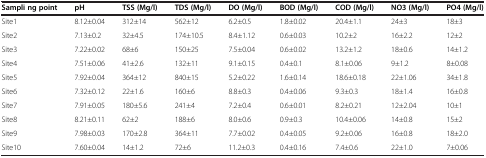
<table><thead><tr><td><b>Sampli ng point</b></td><td><b>pH</b></td><td><b>TSS (Mg/l)</b></td><td><b>TDS (Mg/l)</b></td><td><b>DO (Mg/l)</b></td><td><b>BOD (Mg/l)</b></td><td><b>COD (Mg/l)</b></td><td><b>NO3 (Mg/l)</b></td><td><b>PO4 (Mg/l)</b></td></tr></thead><tbody><tr><td>Site1</td><td>8.12±0.04</td><td>312±14</td><td>562±12</td><td>6.2±0.5</td><td>1.8±0.02</td><td>20.4±1.1</td><td>24±3</td><td>18±3</td></tr><tr><td>Site2</td><td>7.13±0.2</td><td>32±4.5</td><td>174±10.5</td><td>8.4±1.12</td><td>0.6±0.03</td><td>10.2±2</td><td>16±2.2</td><td>12±2</td></tr><tr><td>Site3</td><td>7.22±0.02</td><td>68±6</td><td>150±25</td><td>7.5±0.04</td><td>0.6±0.02</td><td>13.2±1.2</td><td>18±0.6</td><td>14±1.2</td></tr><tr><td>Site4</td><td>7.51±0.06</td><td>41±2.6</td><td>132±11</td><td>9.1±0.15</td><td>0.4±0.1</td><td>8.1±0.06</td><td>9±1.2</td><td>8±0.08</td></tr><tr><td>Site5</td><td>7.92±0.04</td><td>364±12</td><td>840±15</td><td>5.2±0.22</td><td>1.6±0.14</td><td>18.6±0.18</td><td>22±1.06</td><td>34±1.8</td></tr><tr><td>Site6</td><td>7.32±0.12</td><td>22±1.6</td><td>160±6</td><td>8.8±0.3</td><td>0.4±0.06</td><td>9.3±0.3</td><td>18±1.4</td><td>16±0.8</td></tr><tr><td>Site7</td><td>7.91±0.05</td><td>180±5.6</td><td>241±4</td><td>7.2±0.4</td><td>0.6±0.01</td><td>8.2±0.21</td><td>12±2.04</td><td>10±1</td></tr><tr><td>Site8</td><td>8.21±0.11</td><td>62±2</td><td>188±6</td><td>8.0±0.6</td><td>0.9±0.3</td><td>10.4±0.06</td><td>14±0.8</td><td>15±2</td></tr><tr><td>Site9</td><td>7.98±0.03</td><td>170±2.8</td><td>364±11</td><td>7.7±0.02</td><td>0.4±0.05</td><td>9.2±0.06</td><td>16±0.8</td><td>18±2.0</td></tr><tr><td>Site10</td><td>7.60±0.04</td><td>14±1.2</td><td>72±6</td><td>11.2±0.3</td><td>0.4±0.16</td><td>7.4±0.6</td><td>22±1.0</td><td>7±0.06</td></tr></tbody></table>